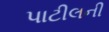
પાટીલની